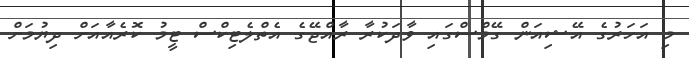
މި އަހަރުގެ އޭޝިއަން ގޭމްސްގައި ވާދަކުރާ ރާއްޖޭގެ އެތްލެޓިކްސް ޓީމު ކޮރެއާއަށް ދިޔުމަށް